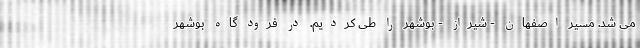
می شد. مسیر اصفهان - شیراز - بوشهر را طی کردیم. در فرود گاه بوشهر